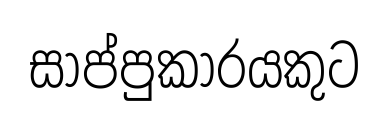
සාප්පුකාරයකුට